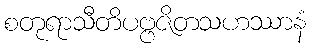
စတုရာသီတိပဗ္ဗဇိတသဟဿာနံ